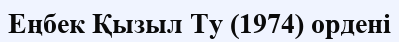
Еңбек Қызыл Ту (1974) ордені